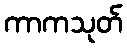
ကာကသုတ်